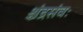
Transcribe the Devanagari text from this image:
श्चंद्रसंवः